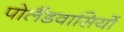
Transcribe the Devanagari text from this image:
पोलैंडवासियों